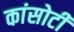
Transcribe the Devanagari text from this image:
कांसोटी